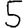
Digit: 5